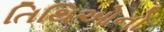
તિથિઓનો